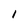
Character: l